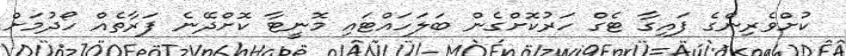
ކުށްވެރިންގެ ފައިގާ ޓެގް ހަރުކޮށްގެން ބަލަހައްޓައި މޮނީޓާ ކޮށްދޭނެ ފަރާތެއް ހޯދުމަށް